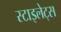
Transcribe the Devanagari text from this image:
स्टाइलेट्स